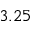
3 . 2 5